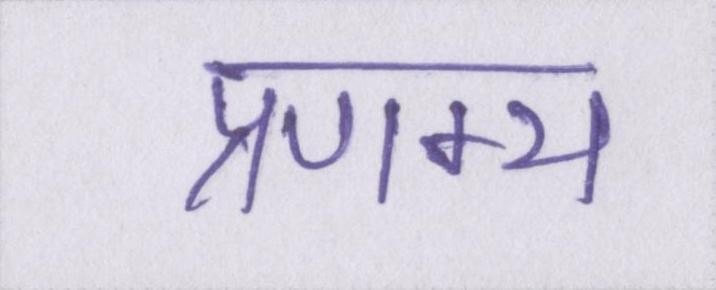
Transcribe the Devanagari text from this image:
प्रणम्य